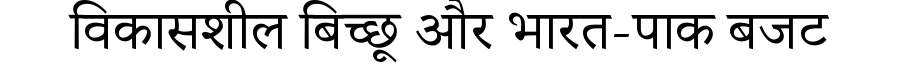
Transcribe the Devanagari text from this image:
विकासशील बिच्छू और भारत-पाक बजट